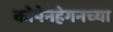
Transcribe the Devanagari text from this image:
कोपेनहेगनच्या